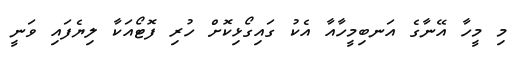
މި މީހާ އޭނާގެ އަނބިމީހާއާ އެކު ގައިގޯޅިކޮށް ހުރި ފޮޓޯއަކާ ލިޔެފައި ވަނީ